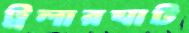
ট্রলারঘাট